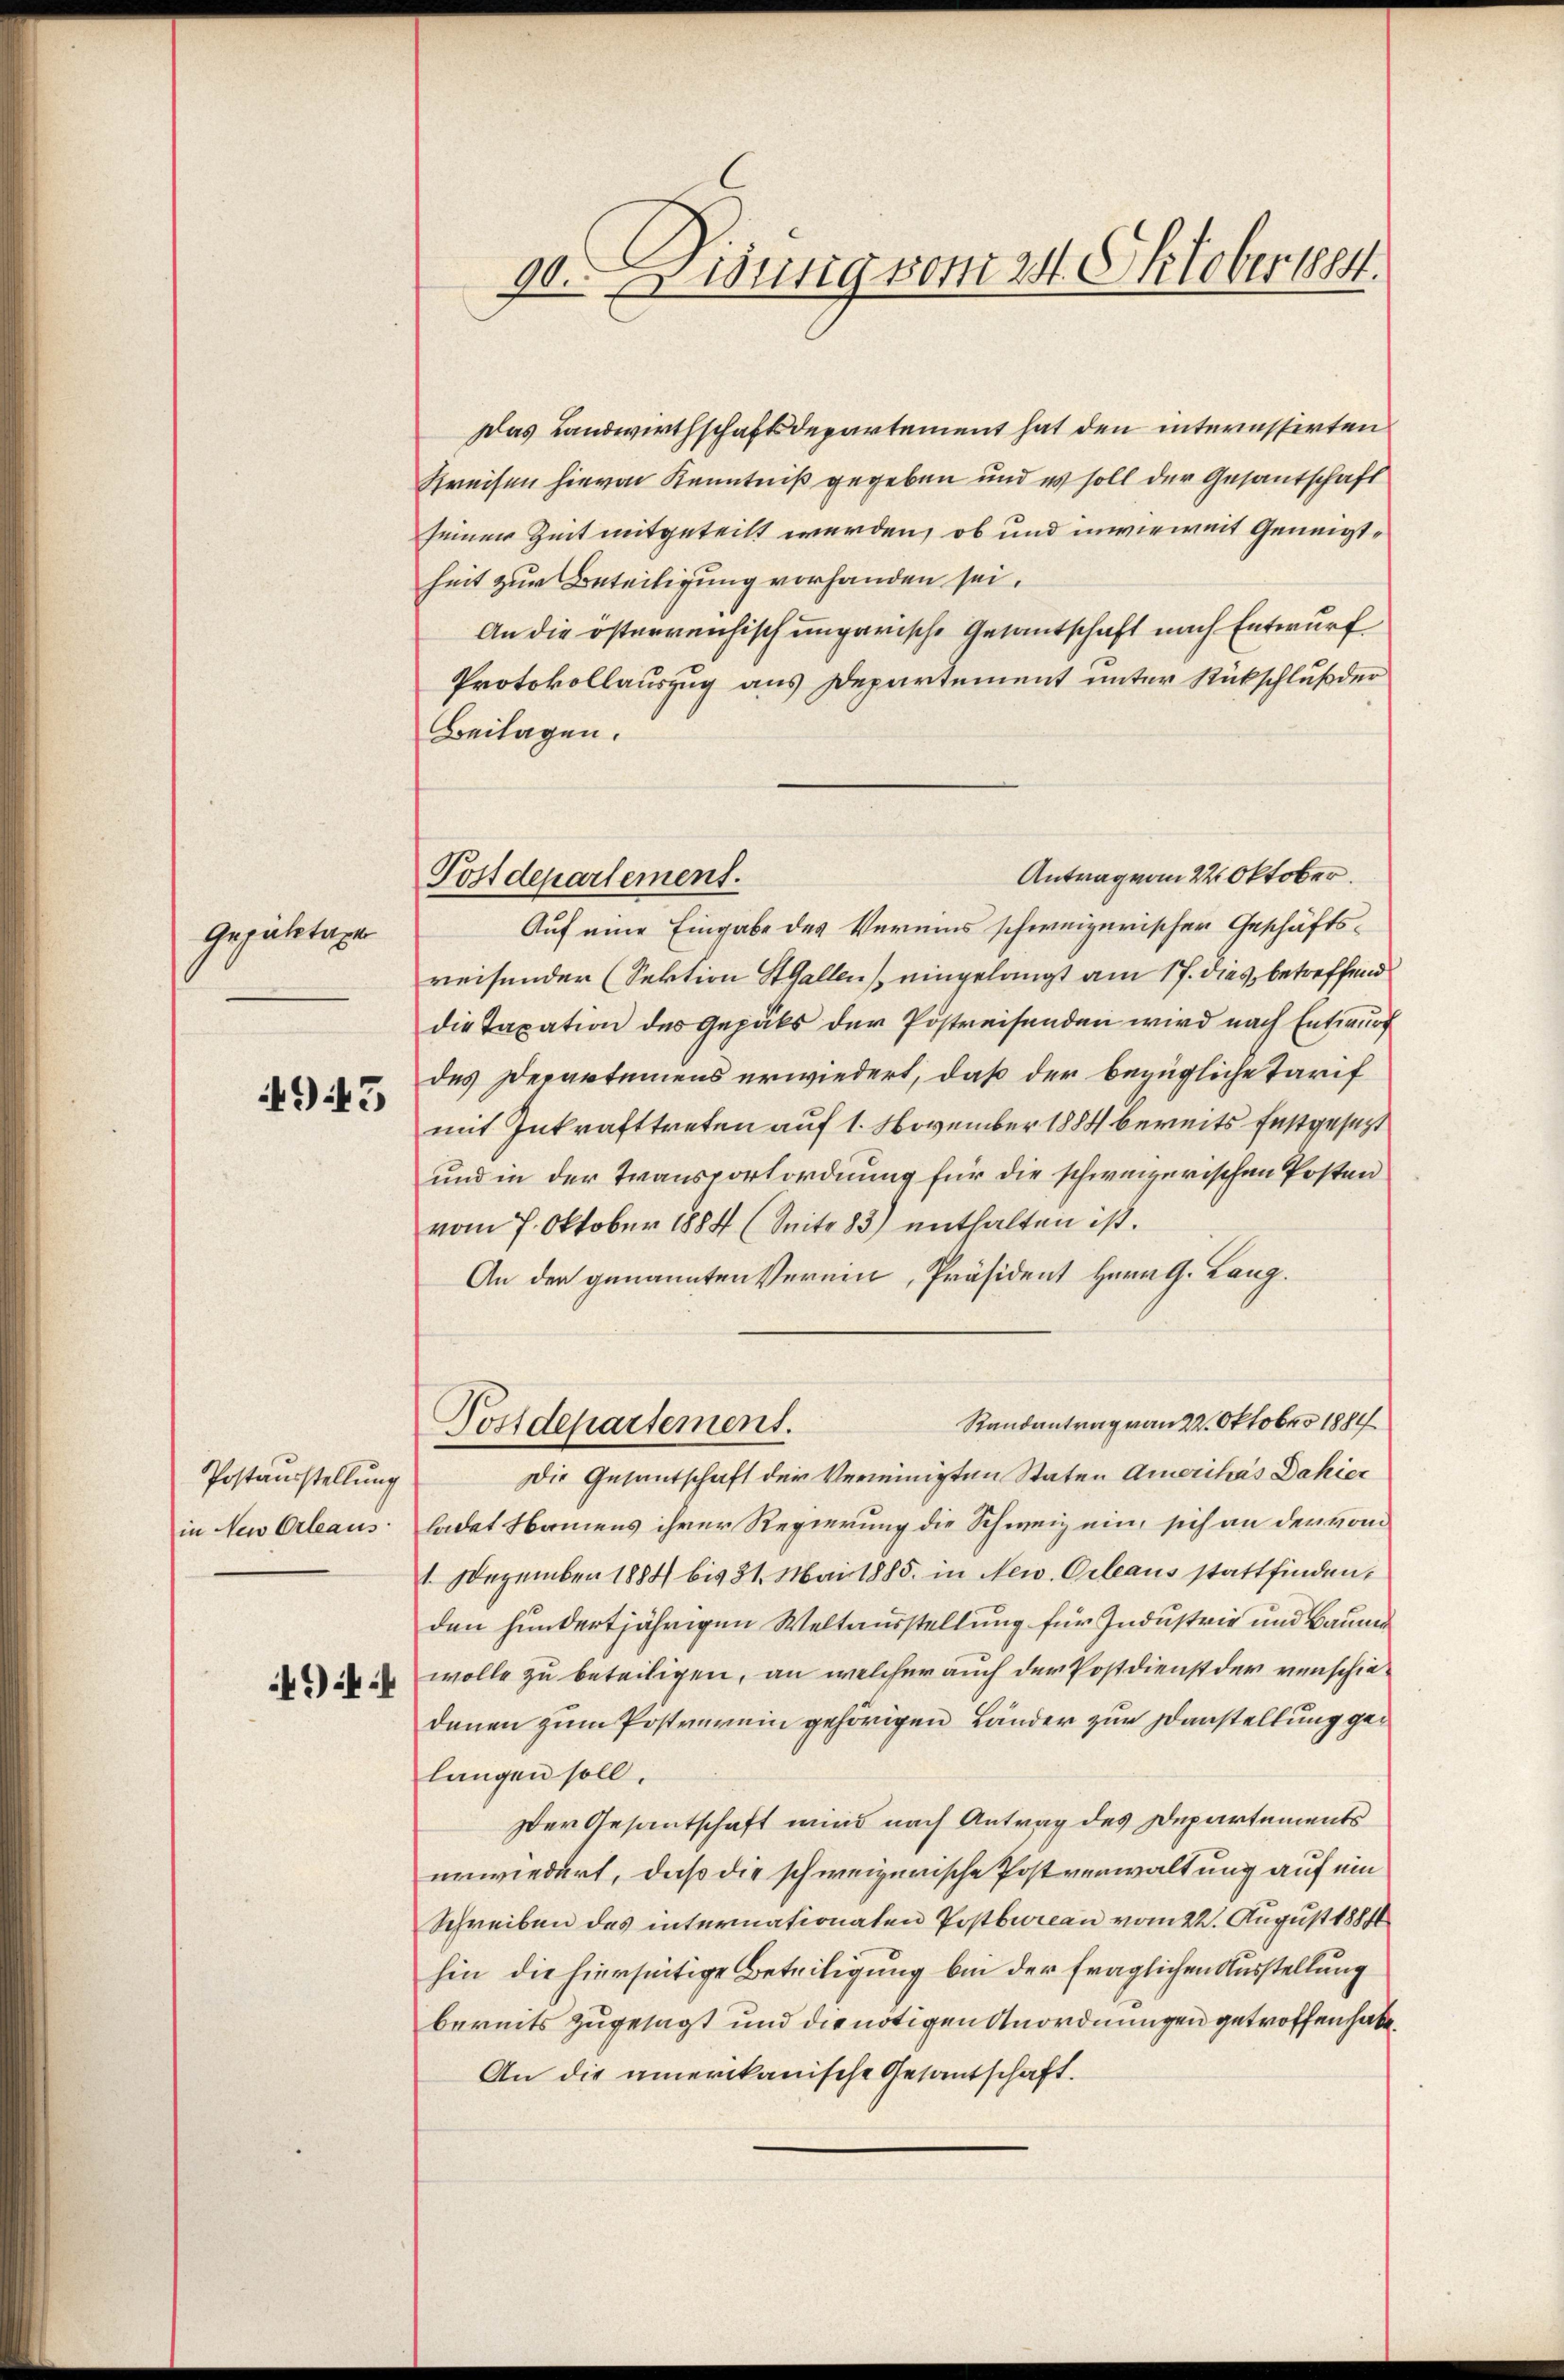
Gepuhrtage

945

Postausstellung
in Neu Orleaus
4944

9t. Wenig vom 24. Oktober 1884.

Postdepartement.

Das Landwirthschaftsdepartement hat den interesserten
Kreisen hievon Kenntniß gegeben und es soll der Gesantschaft
seiner Zeit mitgeteilt werden, ob und unverweit Geneigtheit zur Beteiligung vorhanden sei.
An die österreichisch ungarische Gesantschaft nach Entwurf
Protokollauszug aus Departement unter Rückschluß der
Beilagen.
Antrag vom 22. Oktober.
Auf eine Eingabe des Vereins schweizerischer Geschäftsreisender (Sektion St. Gallen eingelangt am 17. dies, betreffend
die Taxation des Gepäts der Postreisenden wird nach Entwurf
des Departemens erwiedert, daß der bezügliche Tarif
mit Inkrafttreten auf 1. November 1884 bereits festgesetzt
und in der Transportordnung für die schweizerischen Posten
vom 7. Oktober 1884 (Seite 83) enthalten ist.
An der genannten Vernen, Präsident Herr G. Lang¬
Randantrag vom 24. Oktober 1884
Postdepartement.
Die Gesantschaft der Vereinigten Staten Amerikas Dahier
ladet Namens ihrer Regierung die Schweiz ein, sich an der von
1. Dezember 1884 bis 31. Mai 1885. in New. Orleaus stattfinden,
den hundertjährigen Weltausstellung für Industrie und Baume
wolle zu beteiligen, an welcher auch der Postdienst der verschiedenen zum Postverein gehörigen Länder zur Darstellung gelangen soll.
Der Gesantschaft wird nach Antrag des Departements
unwiedert, daß die schweizerische Postverwaltung auf ein
Schreiben des internationaten Postbureau vom 22. August 1884
hin die hierseitige Beteiligung bei der fraglichen Ausstellung
bereits zugesagt und die nötigen Anordnungen getroffen habe.
An die amerikanische Gesantschaft.